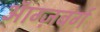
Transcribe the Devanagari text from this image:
ऑग्ज़बर्ग